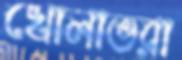
খোলাভরা